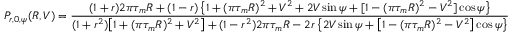
P _ { r , 0 , \psi } ( R , V ) = \frac { ( 1 + r ) 2 \pi \tau _ { m } R + ( 1 - r ) \left\{ 1 + ( \pi \tau _ { m } R ) ^ { 2 } + V ^ { 2 } + 2 V \sin \psi + [ 1 - ( \pi \tau _ { m } R ) ^ { 2 } - V ^ { 2 } ] \cos \psi \right\} } { ( 1 + r ^ { 2 } ) \big [ 1 + ( \pi \tau _ { m } R ) ^ { 2 } + V ^ { 2 } \big ] + ( 1 - r ^ { 2 } ) 2 \pi \tau _ { m } R - 2 r \left\{ 2 V \sin \psi + \big [ 1 - ( \pi \tau _ { m } R ) ^ { 2 } - V ^ { 2 } \big ] \cos \psi \right\} }